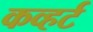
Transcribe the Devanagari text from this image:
कव्हर्ट